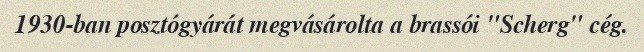
1930-ban posztógyárát megvásárolta a brassói "Scherg" cég.